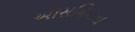
ઓસનિયાના